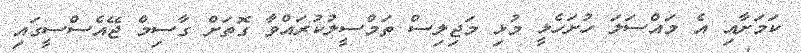
ކަމަށާއި އެ މައްސަލަ ހުށަހެޅީ މުޅި މަޖިލިސް ތަމްސީލުކުރައްވާ ގޮތަށް ގާސިމް ޖޭއެސްސީގައި